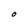
Character: O